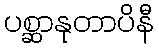
ပစ္ဆာနုတာပိနီ